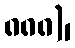
၈၈၈)၊